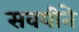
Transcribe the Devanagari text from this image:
सवयीने